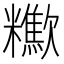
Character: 𣤹